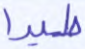
طيرا